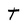
Character: T